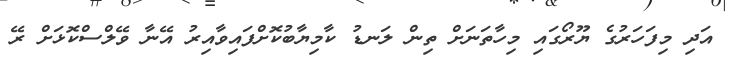
އަދި މިފަހަރުގެ ޔޫރޯގައި މިހާތަނަށް ތިން ލަނޑު ކާމިޔާބުކޮށްފައިވާއިރު އޭނާ ވޭލްސްކޮޅަށް ރޭ